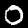
Digit: 0